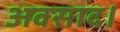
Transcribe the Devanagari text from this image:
अवसाद।